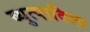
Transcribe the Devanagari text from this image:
व्युत्पादिला